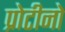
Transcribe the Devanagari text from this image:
प्रोटीनो